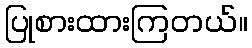
ပြုစားထားကြတယ်။